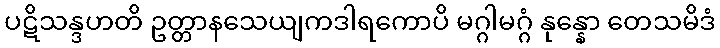
ပဋိသန္ဒဟတိ ဥတ္တာနသေယျကဒါရကောပိ မဂ္ဂါမဂ္ဂံ နုန္နော တေသမိဒံ